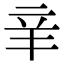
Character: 𨐌